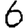
Digit: 6